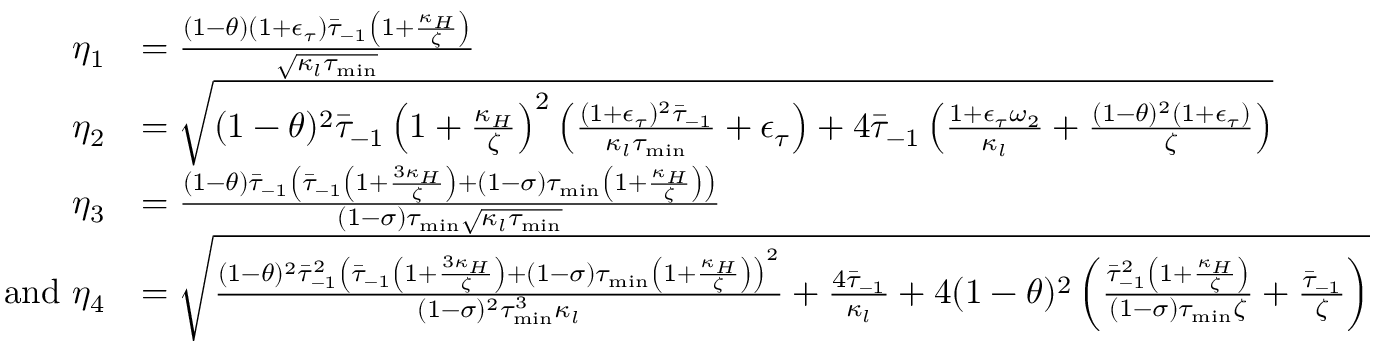
\begin{array} { r l } { \eta _ { 1 } } & { = \frac { ( 1 - \theta ) ( 1 + \epsilon _ { \tau } ) \bar { \tau } _ { - 1 } \left( 1 + \frac { \kappa _ { H } } { \zeta } \right) } { \sqrt { \kappa _ { l } \tau _ { \operatorname* { m i n } } } } } \\ { \eta _ { 2 } } & { = \sqrt { ( 1 - \theta ) ^ { 2 } \bar { \tau } _ { - 1 } \left( 1 + \frac { \kappa _ { H } } { \zeta } \right) ^ { 2 } \left( \frac { ( 1 + \epsilon _ { \tau } ) ^ { 2 } \bar { \tau } _ { - 1 } } { \kappa _ { l } \tau _ { \operatorname* { m i n } } } + \epsilon _ { \tau } \right) + 4 \bar { \tau } _ { - 1 } \left( \frac { 1 + \epsilon _ { \tau } \omega _ { 2 } } { \kappa _ { l } } + \frac { ( 1 - \theta ) ^ { 2 } ( 1 + \epsilon _ { \tau } ) } { \zeta } \right) } } \\ { \eta _ { 3 } } & { = \frac { ( 1 - \theta ) \bar { \tau } _ { - 1 } \left( \bar { \tau } _ { - 1 } \left( 1 + \frac { 3 \kappa _ { H } } { \zeta } \right) + ( 1 - \sigma ) \tau _ { \operatorname* { m i n } } \left( 1 + \frac { \kappa _ { H } } { \zeta } \right) \right) } { ( 1 - \sigma ) \tau _ { \operatorname* { m i n } } \sqrt { \kappa _ { l } \tau _ { \operatorname* { m i n } } } } } \\ { \mathrm { a n d ~ } \eta _ { 4 } } & { = \sqrt { \frac { ( 1 - \theta ) ^ { 2 } \bar { \tau } _ { - 1 } ^ { 2 } \left( \bar { \tau } _ { - 1 } \left( 1 + \frac { 3 \kappa _ { H } } { \zeta } \right) + ( 1 - \sigma ) \tau _ { \operatorname* { m i n } } \left( 1 + \frac { \kappa _ { H } } { \zeta } \right) \right) ^ { 2 } } { ( 1 - \sigma ) ^ { 2 } \tau _ { \operatorname* { m i n } } ^ { 3 } \kappa _ { l } } + \frac { 4 \bar { \tau } _ { - 1 } } { \kappa _ { l } } + 4 ( 1 - \theta ) ^ { 2 } \left( \frac { \bar { \tau } _ { - 1 } ^ { 2 } \left( 1 + \frac { \kappa _ { H } } { \zeta } \right) } { ( 1 - \sigma ) \tau _ { \operatorname* { m i n } } \zeta } + \frac { \bar { \tau } _ { - 1 } } { \zeta } \right) } } \end{array}